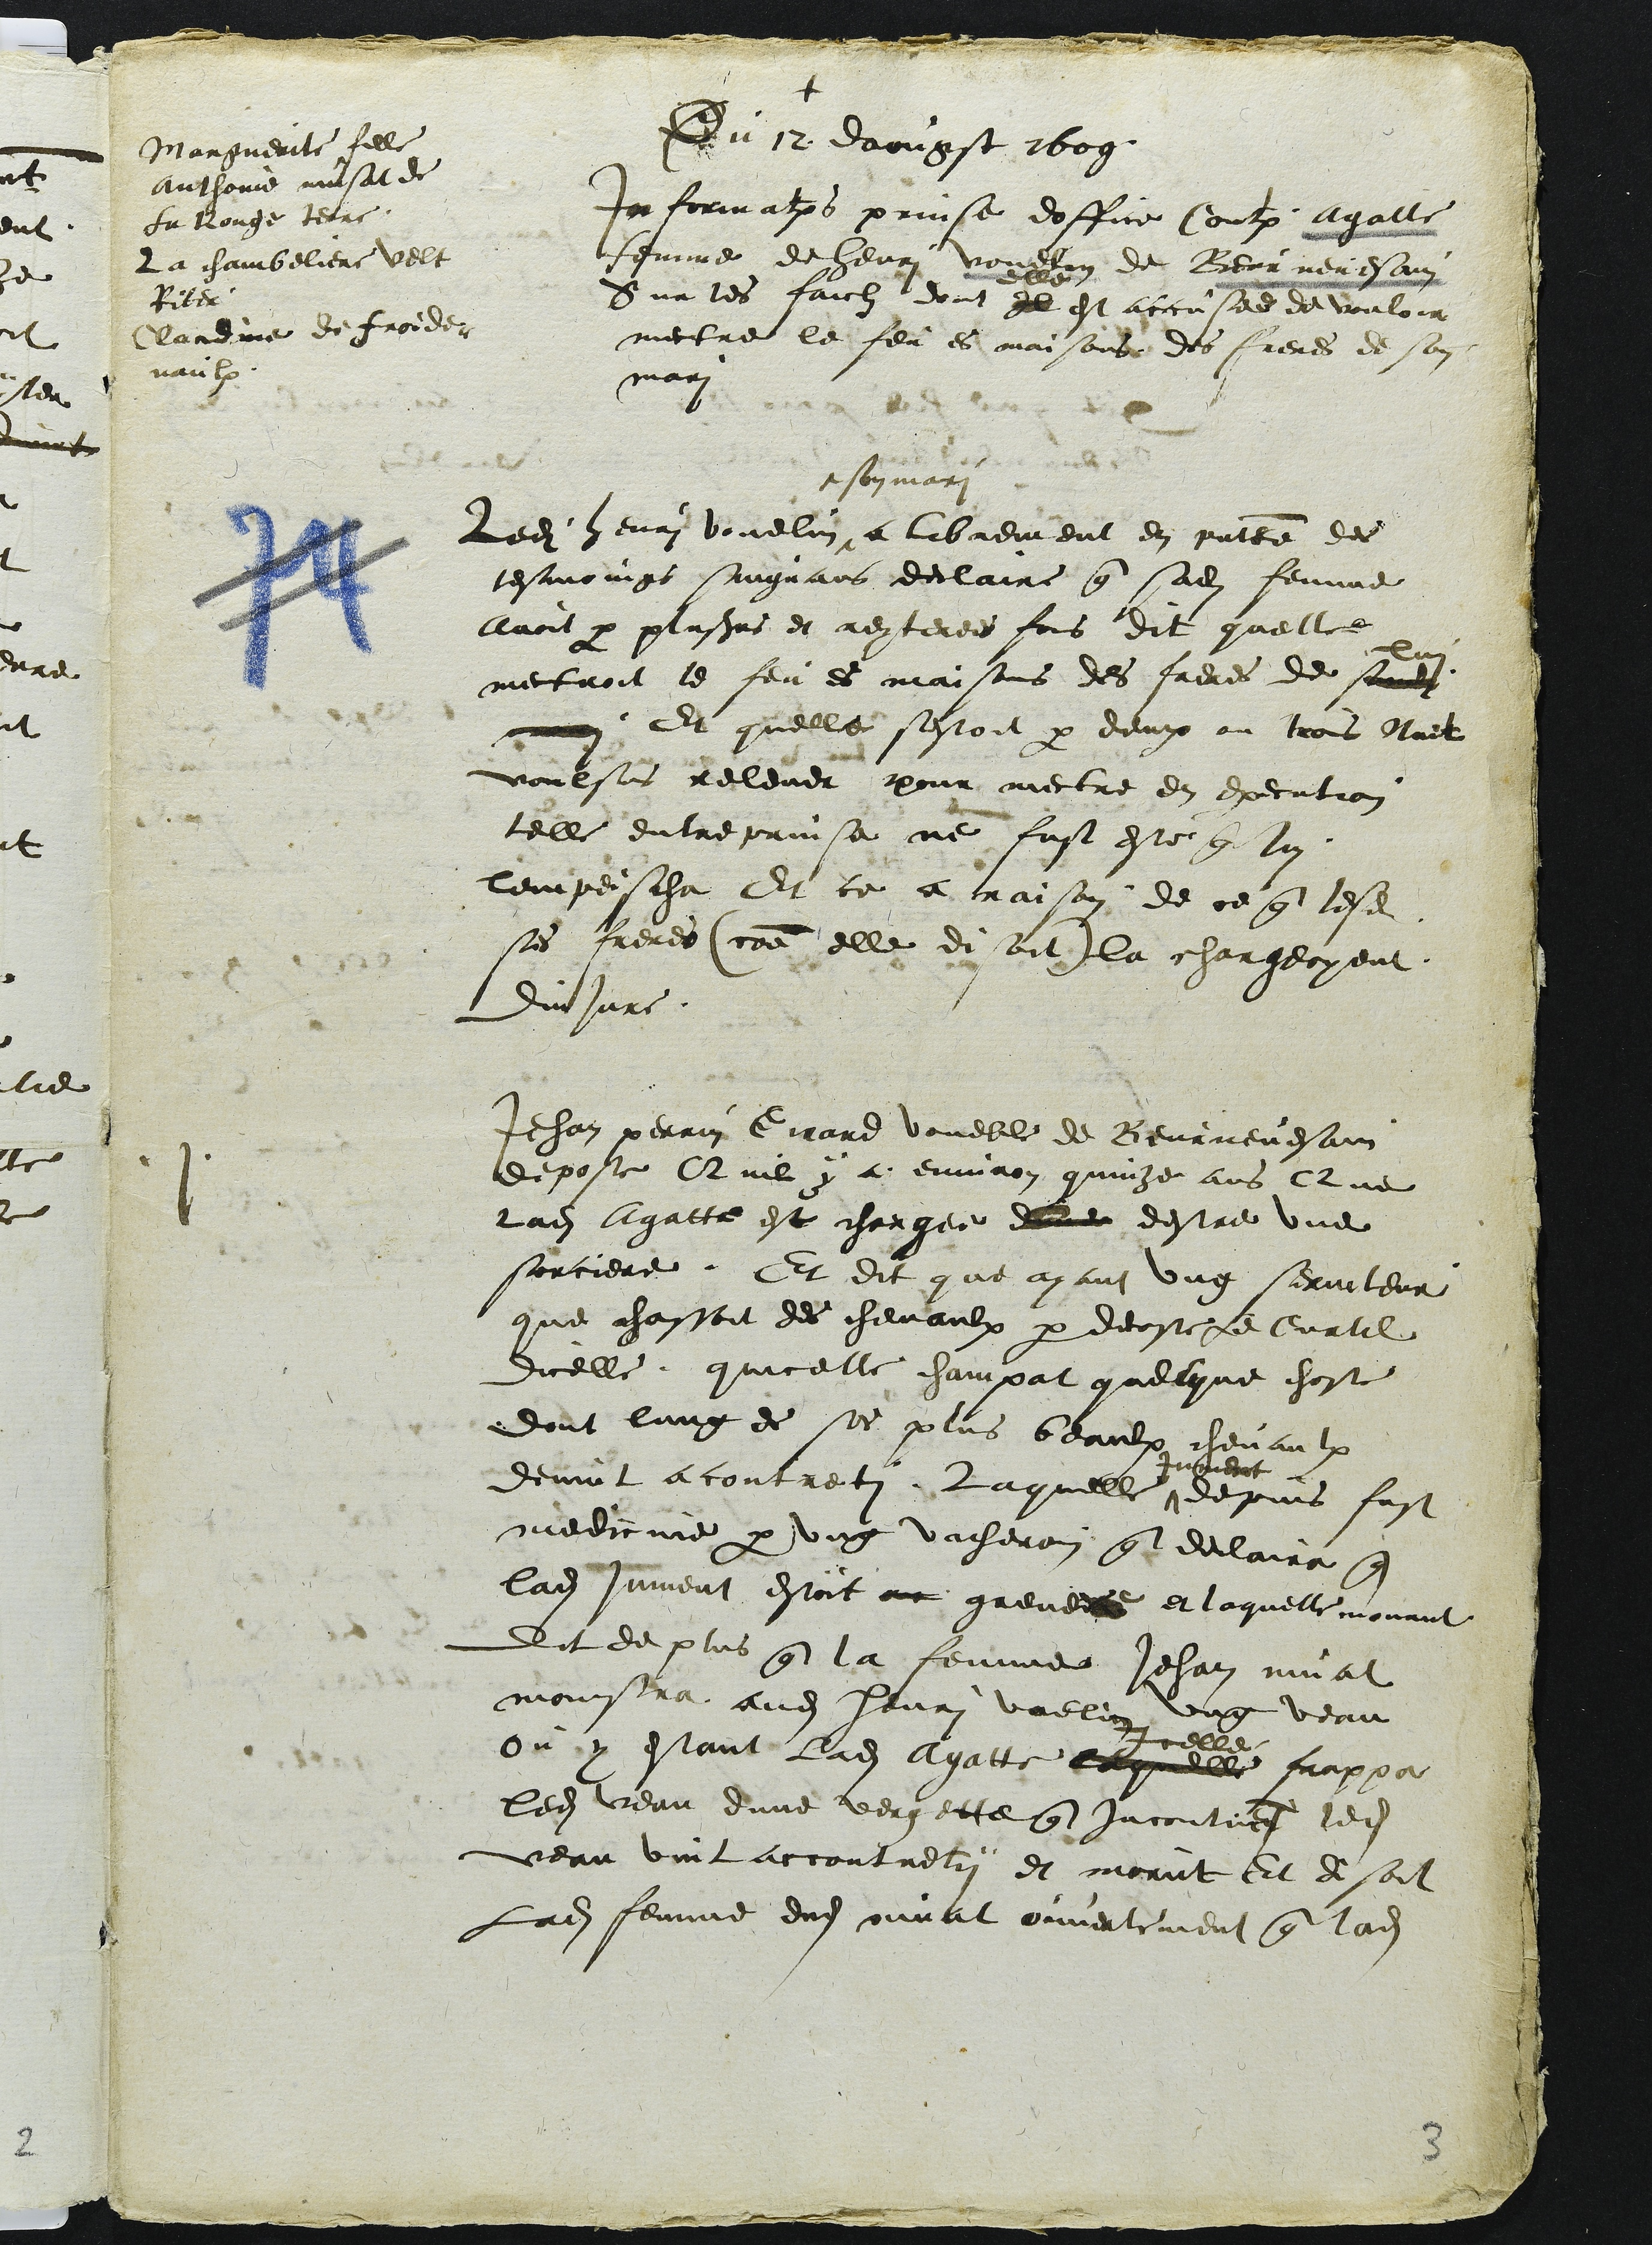
Marguerite fille
Anthoine musat de
La Rouge terre
La chambeliere velt
Riter
Claudine de Froide-
vaulx

Du 12 daougst 1609
Informations prinse doffice Contre Agatte
femme de henri vouelin de Beurnevesain
Sur les faiclz dont Il est accusee de vouloir
mectre le feu es maisons des freres de son
‸ mari
‸ son mari
Ledit henri vouelin a librement en presentce des
tesmoings suigvans declaire que sadite femme
avoit par plusieurs et reyterees fois dit quelle
lui
mectroit le feu es maisons des freres de sond
mari. Et quelle sestoit par deux ou trois Nuit
voulsus relever pour mectre en execution
telle entreprinse ne fust este que lui
lempescha Et ce a raison de ce que lesdits
ses freres (comme elle disoit) la chargeoyent
dinjure.
Jehan perrin Girard voueble de Beurnevesain
depose Quil y a environ quinze ans Que
ladite Agatte est chargee dune destre une
sorciere. Et dit que ayant ung serviteur
que chassoit des chevaux par decoste Le Curtil
dicelle, quicelle champat quelque chose
dont lung de ses plus beaulx chevaulx
jument
devint a contreti. Laquelle ^ depuis fust
medicine par ung vacheron qui declaira que
ladite jument estoit ?? grevee et laquelle mourut
Dit de plus que la femme Jehan muat
monstra audit Henri voelin un veau
celle
ou y estant ladite Agatte laquelle frappa
ledit veau dune vergette que incontinent ledit
veau vint accoutrety et morut Et disoit
Ladite femme dudit muat ouvertement que ladite